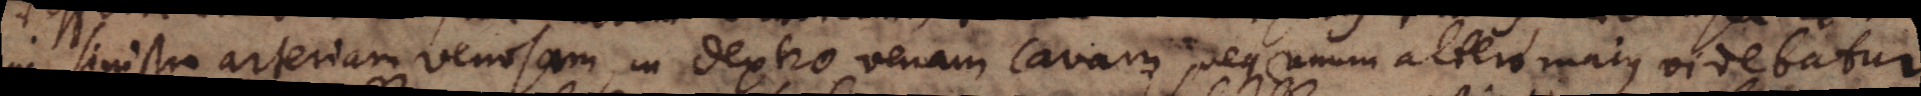
in sinistro arteriam venosam, in dextro venam cavam, neque unum altero majus videbatur,